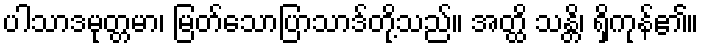
ပါသာဒမုတ္တမာ၊ မြတ်သောပြာသာဒ်တို့သည်။ အတ္ထိ သန္တိ၊ ရှိကုန်၏။